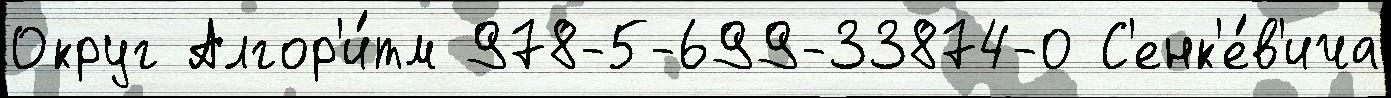
Округ Алгор'и́тм 978-5-699-33874-0 С'енк'е́в'ича